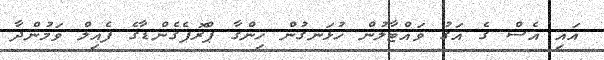
އައި އެސް ގެ އަގު ވައްޓާލުން ހުޅަނގުން ހިންގާ ޕްރޮޕެގެންޑާގެ ފެއިލް ވަމުންދާ